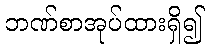
ဘဏ်စာအုပ်ထားရှိ၍